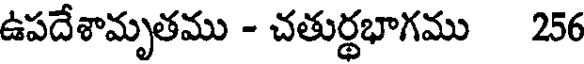
ఉపదేశామృతము - చతుర్థభాగము 256